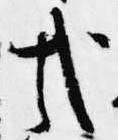
哉